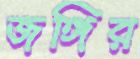
জঙ্গির